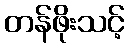
တန်ဖိုးသင့်